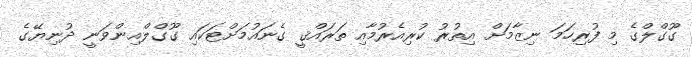
ގޫގްލްގެ މި ފުރިހަމަ ނިޒާމަށް އިތުރު ކުރިއެރުމާއި ތަރައްޤީ ގެނައުމަށްޓަކައި ގޫގްލްއިންވަނީ ދުނިޔޭގެ